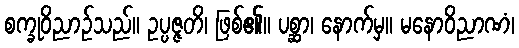
စက္ခုဝိညာဉ်သည်။ ဥပ္ပဇ္ဇတိ၊ ဖြစ်၏။ ပစ္ဆာ၊ နောက်မှ။ မနောဝိညာဏံ၊